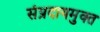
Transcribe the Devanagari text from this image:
संप्रदायमुक्त